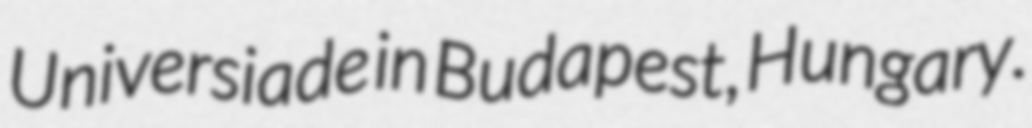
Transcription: Universiade in Budapest, Hungary.